Report of the Hyderabad Chloroform Commission
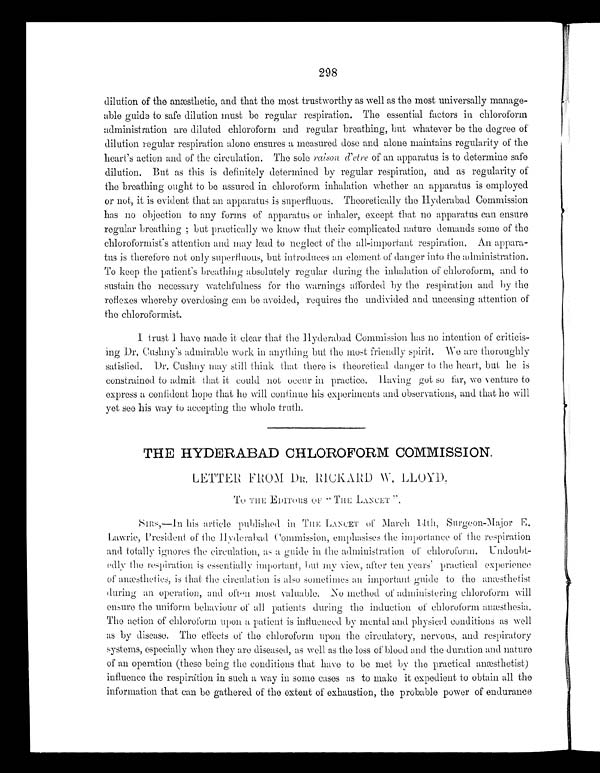
298
dilution of the anæsthetic, and that the most trustworthy as well as the most universally manage--
able guide to safe dilution must be regular respiration. The essential factors in chloroform
administration are diluted chloroform and regular breathing, but whatever be the degree of
dilution regular respiration alone ensures a measured dose and alone maintains regularity of the
heart's action and of the circulation. The sole raison d'etre of an apparatus is to determine safe
dilution. But as this is definitely determined by regular respiration, and as regularity of
the breathing ought to be assured in chloroform inhalation whether an apparatus is employed
or not, it is evident that an apparatus is superfluous. Theoretically the Hyderabad Commission
has no objection to any forms of apparatus or inhaler, except that no appara-tus can ensure
regular breathing; but practically we know that their complicated nature demands some of the
chloroformist's attention and may lead to neglect of the all-important respiration. An appara-
tus is therefore not only superfluous, but introduces an element of danger into the administration.
To keep the patient's breathing absolutely regular during the inhalation of chloroform, and to
sustain the necessary watchfulness for the warnings afforded by the respiration and by the
reflexes whereby overdosing can be avoided, requires the undivided and unceasing attention of
the chloroformist.
1 trust I have made it clear that the Hyderabad Commission has no intention of criticis--
ing Dr. Cushny's admirable work in anything but the most friendly spirit. We are thoroughly
satisfied. Dr. Cushny may still think that there is theoretical danger to the heart, but he is
constrained to admit that it could not occur in practice. Having got so far, we venture to
express a confident hope that he will continue his experiments and observations, and that he will
yet see his way to accepting the whole truth.
THE HYDERABAD CHLOROFORM COMMISSION.
LETTER FROM DR. RICKARD W. LLOYD.
To THE EDITORS "THE LANCET ".
SIRS,- In his article published in THE LANCET of March 14th, Surgeon-Major E.
Lawrie, President of the Hyderabad Commission, emphasises the importance of the respiration
and totally ignores the circulation, as a guide in the administration of chloroform. Undoubt--
edly the respiration is essentially important, but my view, after ten years' practical experience
of anæsthetics, is that the circulation is also sometimes an important guide to the anæsthetist
during an operation, and often most valuable. No method of administering chloroform will
ensure the uniform behaviour of all patients during the induction of chloroform anæsthesia.
The action of chloroform upon a patient is influenced by mental and physical conditions as well
as by disease. The effects of the chloroform upon the circulatory, nervous, and respiratory
systems, especially when they mare diseased, as well as the loss of blood and the duration and nature
of an operation (these being the conditions that have to be met by the practical anæsthetist)
influence the respiration in such a way in some cases as to make it expedient to obtain all the
information that can be gathered of the extent of exhaustion, the probable power of endurance